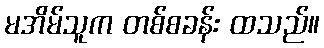
မအိမ်သူက တစ်စခန်း ထသည်။